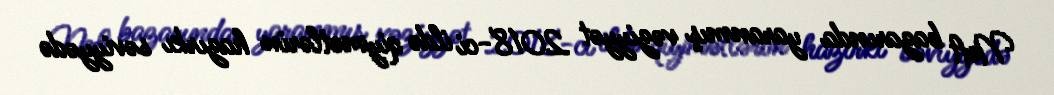
Neft bazarında yaranmış vəziyyət 2018-ci ildə qiymətlərin hazırkı səviyyədə